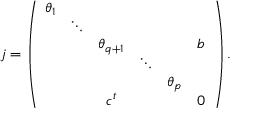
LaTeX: j = \left( \begin{array} { c c c c c c } { { \theta _ { 1 } } } & { { } } & { { } } & { { } } & { { } } & { { } } \\ { { } } & { { \ddots } } & { { } } & { { } } & { { } } & { { } } \\ { { } } & { { } } & { { \theta _ { q + 1 } } } & { { } } & { { } } & { { b } } \\ { { } } & { { } } & { { } } & { { \ddots } } & { { } } & { { } } \\ { { } } & { { } } & { { } } & { { } } & { { \theta _ { p } } } & { { } } \\ { { } } & { { } } & { { c ^ { t } } } & { { } } & { { } } & { { 0 } } \end{array} \right) .